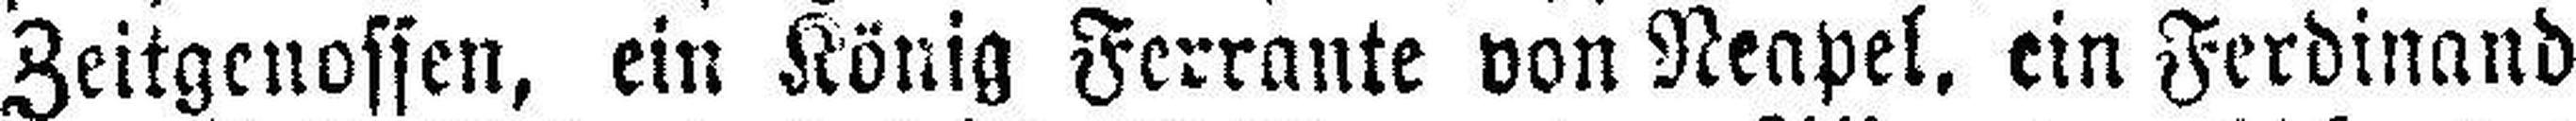
Zeitgenossen, ein König Ferrante von Neapel. ein Ferdinand